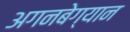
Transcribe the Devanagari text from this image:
अगनबेग्यान